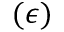
( \epsilon )